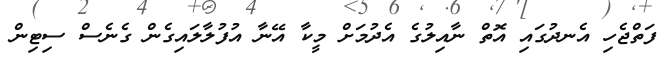
ފަތްޖެހި އެނދުގައި އޮތް ނާއިލުގެ އެދުމަށް މީކާ އޭނާ އުފުލާލައިގެން ގެނެސް ސިޓިން